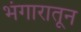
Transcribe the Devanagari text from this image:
भंगारातून